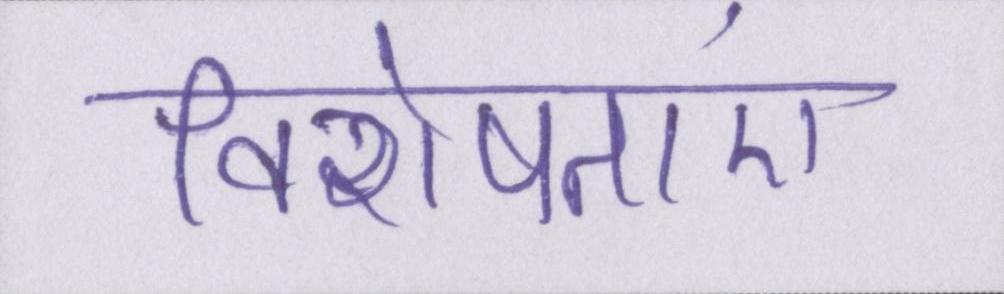
विशेषताएं